Tezpur Lunatic Asylum reports 1877-1894 - 1877-1894
Year: 1877
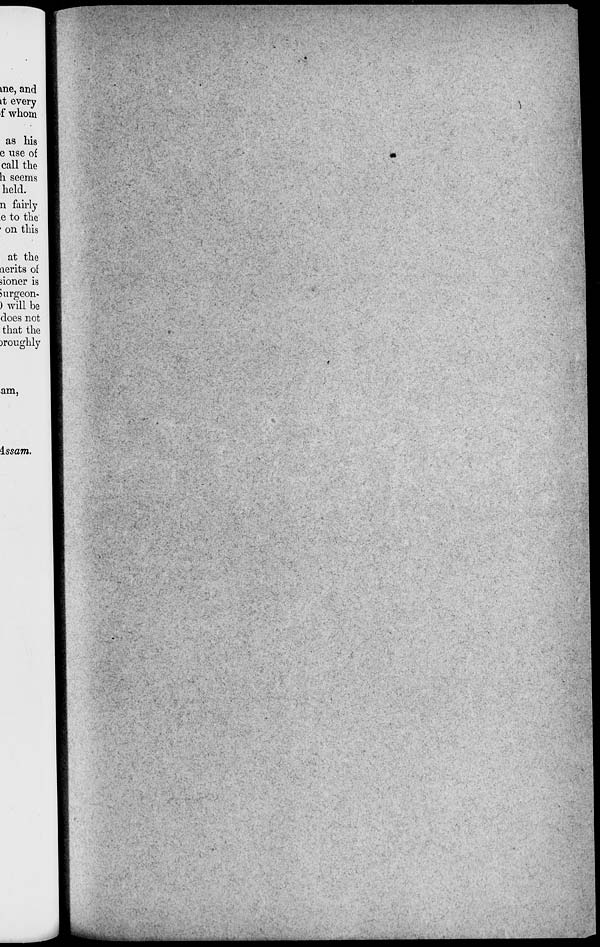
me, and
it every
f whom
as his
e use of
call the
li seems
held.
n fairly
e to the
• on this
at the
aerits of
*ioner is
Jurgeon-
) will be
does not
that the
)roughly
am,
issam.